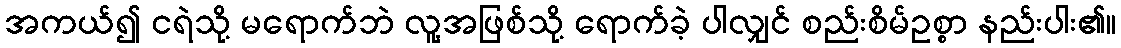
အကယ်၍ ငရဲသို့ မရောက်ဘဲ လူ့အဖြစ်သို့ ရောက်ခဲ့ ပါလျှင် စည်းစိမ်ဥစ္စာ နည်းပါး၏။